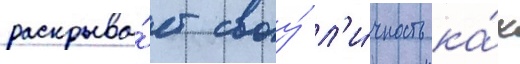
раскрыва́ет своу́ л'и́чность ка́к